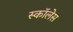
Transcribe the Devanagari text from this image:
स्कॉलेस